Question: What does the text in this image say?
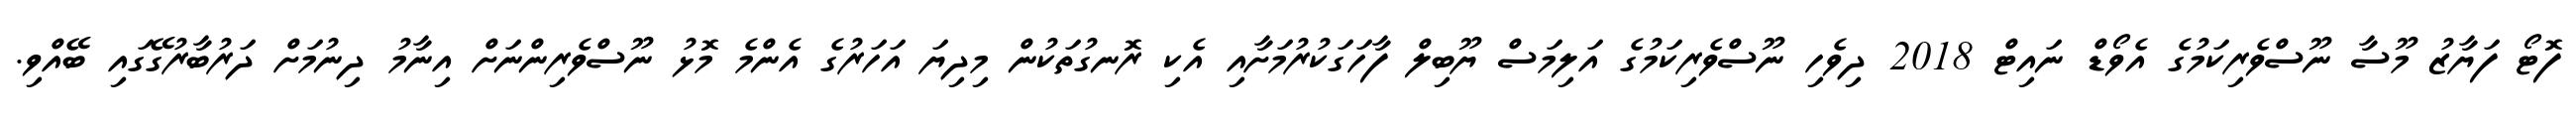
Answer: ފޮޓޯ ފަޔާޒު މޫސާ ނޫސްވެރިކަމުގެ އެވޯޑް ނައިޓް 2018 ދިވެހި ނޫސްވެރިކަމުގެ އަލިމަސް ޔޫބިލް ފާހަގަކުރުމަށާއި އެކި ރޮނގުތަކުން މިދިޔަ އަހަރުގެ އެންމެ މޮޅު ނޫސްވެރިންނަށް އިނާމު ދިނުމަށް ދަރުބާރުގޭގައި ބޭއްވި.